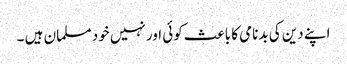
اپنے دین کی بدنامی کا باعث کوئی اور نہیں خود مسلمان ہیں ۔